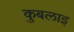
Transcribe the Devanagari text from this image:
कुबलाइ